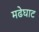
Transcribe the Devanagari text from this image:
मढेघाट